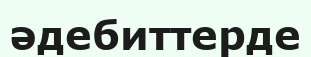
әдебиттерде